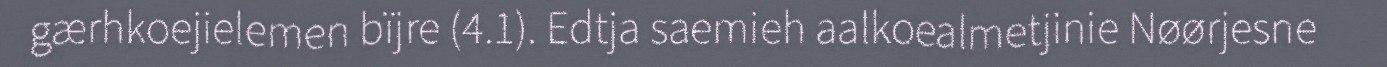
gærhkoejielemen bïjre (4.1). Edtja saemieh aalkoealmetjinie Nøørjesne